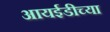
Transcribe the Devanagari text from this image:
आयईडीच्या